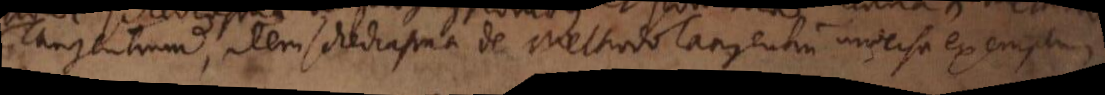
Tangentium, item schediasma de Methodo Tangentium inversa exemplum,